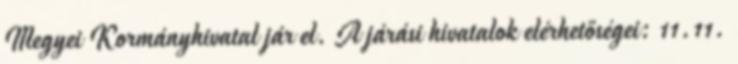
Megyei Kormányhivatal jár el. A járási hivatalok elérhetőségei: 11.11.